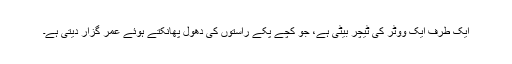
ایک طرف ایک ووٹر کی ٹیچر بیٹی ہے، جو کچے پکے راستوں کی دھول پھانکتے ہوئے عمر گزار دیتی ہے۔